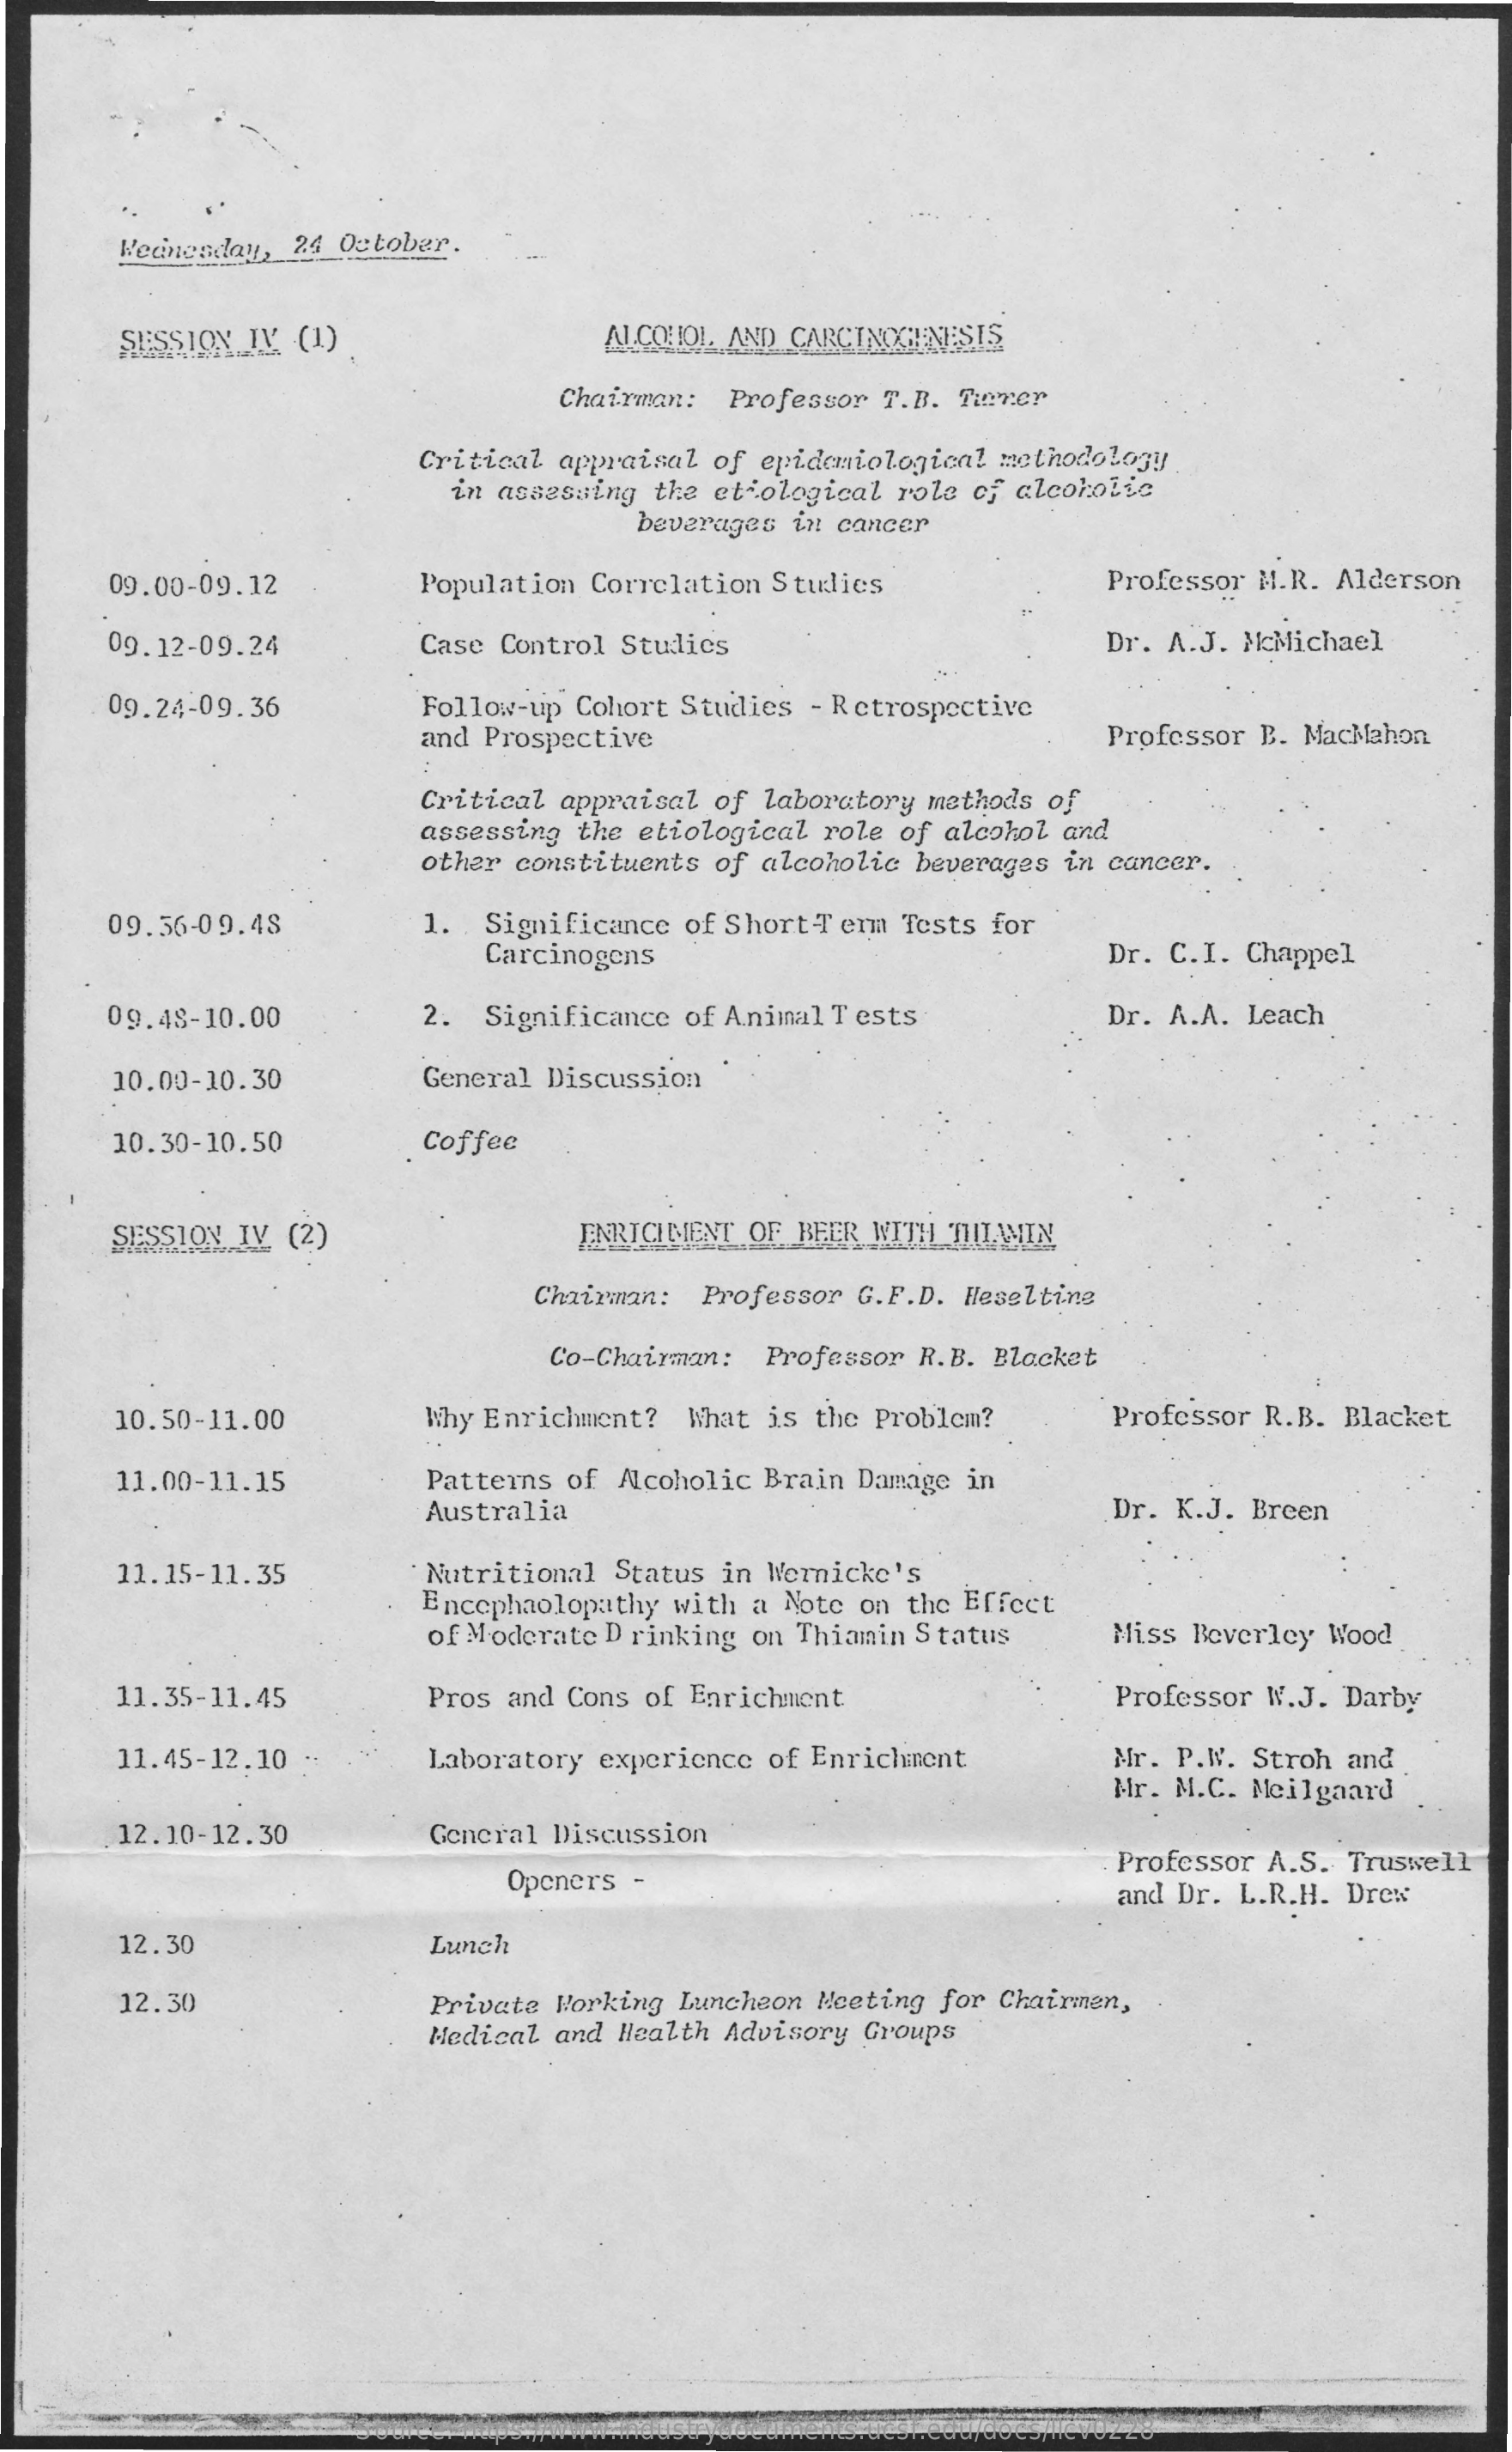
Wednesday, 24 October.
     SESSION IV (1)    ALCOHOL AND CARCINOGENESIS
     Chairman: Professor T.B. Turner
     Critical appraisal of epidemiologica! methodology
     in assessing the etiological role of alcoholic
     beverages in cancer
     09.00-09.12    Population Correlation Studies Professor M.R. Alderson
     09.12-09.24    Case Control Studies    Dr. A.J. McMichael
     09.24-09.36    Follow-up Cohort Studies - Retrospective
     and Prospective    Professor B. MacMahon
     Critical appraisal of laboratory methods of
     assessing the etiological role of alcohol and
     other constituents of alcoholic beverages in cancer.
     09.56-09.48    1. Significance of ShortTerm Tests for
     Carcinogens    Dr. C.I. Chappel
     09.48-10.00    2. Significance of Animal Tests Dr. A.A. Leach
     10.00-10.30   General Discussion
     10.30-10.50   Coffee
     SESSION IV (2)    ENRICIMENT OF BEER WITH THIAMIN
     Chairman: Professor G.F.D. Heseltine
     Co-Chairman: Professor R.B. Blacket
     10.50-11.00   Why Enrichment? What is the Problem? Professor R.B. Blacket
     11.00-11.15   Patterns of Alcoholic Brain Damage in
     Australia    Dr. K.J. Breen
     11.15-11.35   Nutritional Status in Wernicke's
     Encephalopathy with a Note on the Effect
     of Moderate Drinking on Thiamin Status Miss Beverley Wood
     11.35-11.45   Pros and Cons of Enrichment    Professor W.J. Darby
     11.45-12.10   Laboratory experience of Enrichment Mr. P.W. Stroh and
     Mr. M.C. Meilgaard
     12.10-12.30   General Discussion
     Openers -
     Professor A.S. Truswell
     and Dr. L.R.H. Drew
     12.30    Lunch
     12.30    Private Working Luncheon Neeting for Chairmen,
     Medical and Health Advisory Groups
     Source: https://www.industrydocuments.ucsf.edu/docs/llcv0228